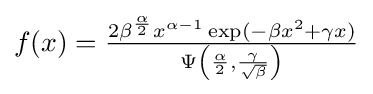
{\textstyle f(x)={\frac {2\beta ^{\frac {\alpha }{2}}x^{\alpha -1}\exp(-\beta x^{2}+\gamma x)}{\Psi {\left({\frac {\alpha }{2}},{\frac {\gamma }{\sqrt {\beta }}}\right)}}}}